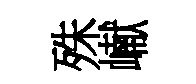
殊𪩘